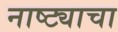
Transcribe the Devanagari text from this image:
नाष्ट्याचा